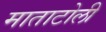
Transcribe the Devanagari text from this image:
माताटोली